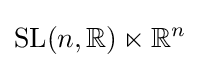
{\mbox{SL}}(n,\mathbb {R} )\ltimes \mathbb {R} ^{n}